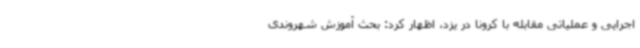
اجرایی و عملیاتی مقابله با کرونا در یزد، اظهار کرد: بحث آموزش شهروندی